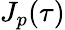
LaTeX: J_{{p}}(\tau)